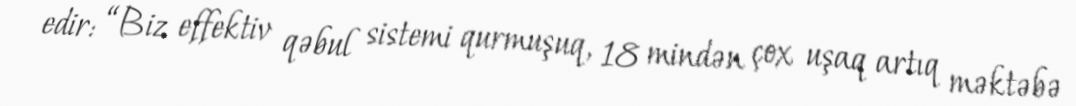
edir: “Biz effektiv qəbul sistemi qurmuşuq, 18 mindən çox uşaq artıq məktəbə